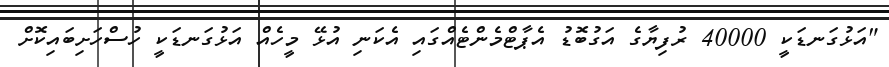
"އަޅުގަނޑަކީ 40000 ރުފިޔާގެ އަގުބޮޑު އެޕާޓްމެންޓެއްގައި އެކަނި އުޅޭ މީހެއް އަޅުގަނޑަކީ ހުސްހަށިބައިކޮށް